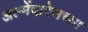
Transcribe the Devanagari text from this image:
अल्मेंदारेसच्या